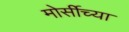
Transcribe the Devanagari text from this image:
मोर्सीच्या